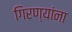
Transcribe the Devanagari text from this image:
गिरण्यांना